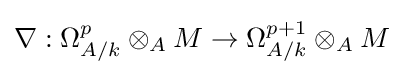
\nabla :\Omega _{A/k}^{p}\otimes _{A}M\to \Omega _{A/k}^{p+1}\otimes _{A}M